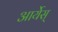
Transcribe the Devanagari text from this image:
आर्येस्